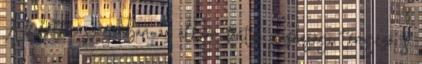
A fejlett országokban az állam fontos gazdasági tényező, s